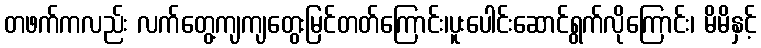
တဖက်ကလည်း လက်တွေ့ကျကျတွေးမြင်တတ်ကြောင်း၊ပူးပေါင်းဆောင်ရွက်လိုကြောင်း၊ မိမိနှင့်